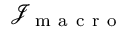
\mathcal { J } _ { \mathrm { ~ m ~ a ~ c ~ r ~ o ~ } }